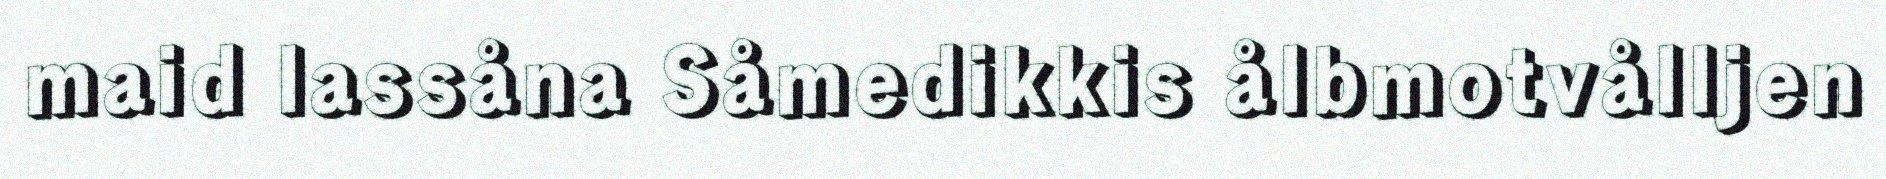
maid lassåna Såmedikkis ålbmotvålljen